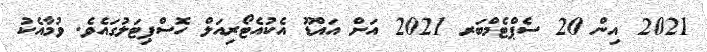
2021 އިން 20 ސެޕްޓެމްބަރ 2021 އަށް އައްޑޫ އެކުއެޓޯރިއަލް ހޮސްޕިޓަލުގައެވެ. ވުމާއެކު